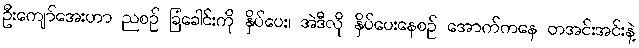
ဦးကျော်အေးဟာ ညစဉ် ခြံခေါင်းကို နှိပ်ပေး၊ အဲဒီလို နှိပ်ပေးနေစဉ် အောက်ကနေ တအင်းအင်းနဲ့